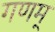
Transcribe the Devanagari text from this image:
गणम्